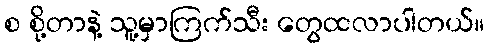
စ စို့တာနဲ့ သူ့မှာကြက်သီး တွေထလာပါတယ်။